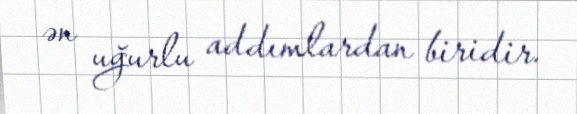
ən uğurlu addımlardan biridir.